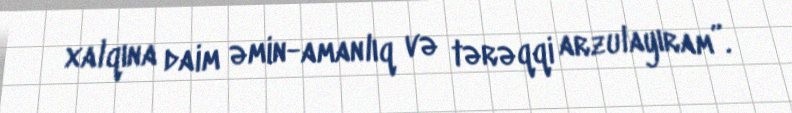
xalqına daim əmin-amanlıq və tərəqqi arzulayıram”.